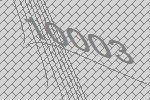
10003